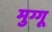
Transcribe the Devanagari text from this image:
मुग्गू